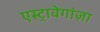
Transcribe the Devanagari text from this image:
एस्ट्रावेगांज़ा